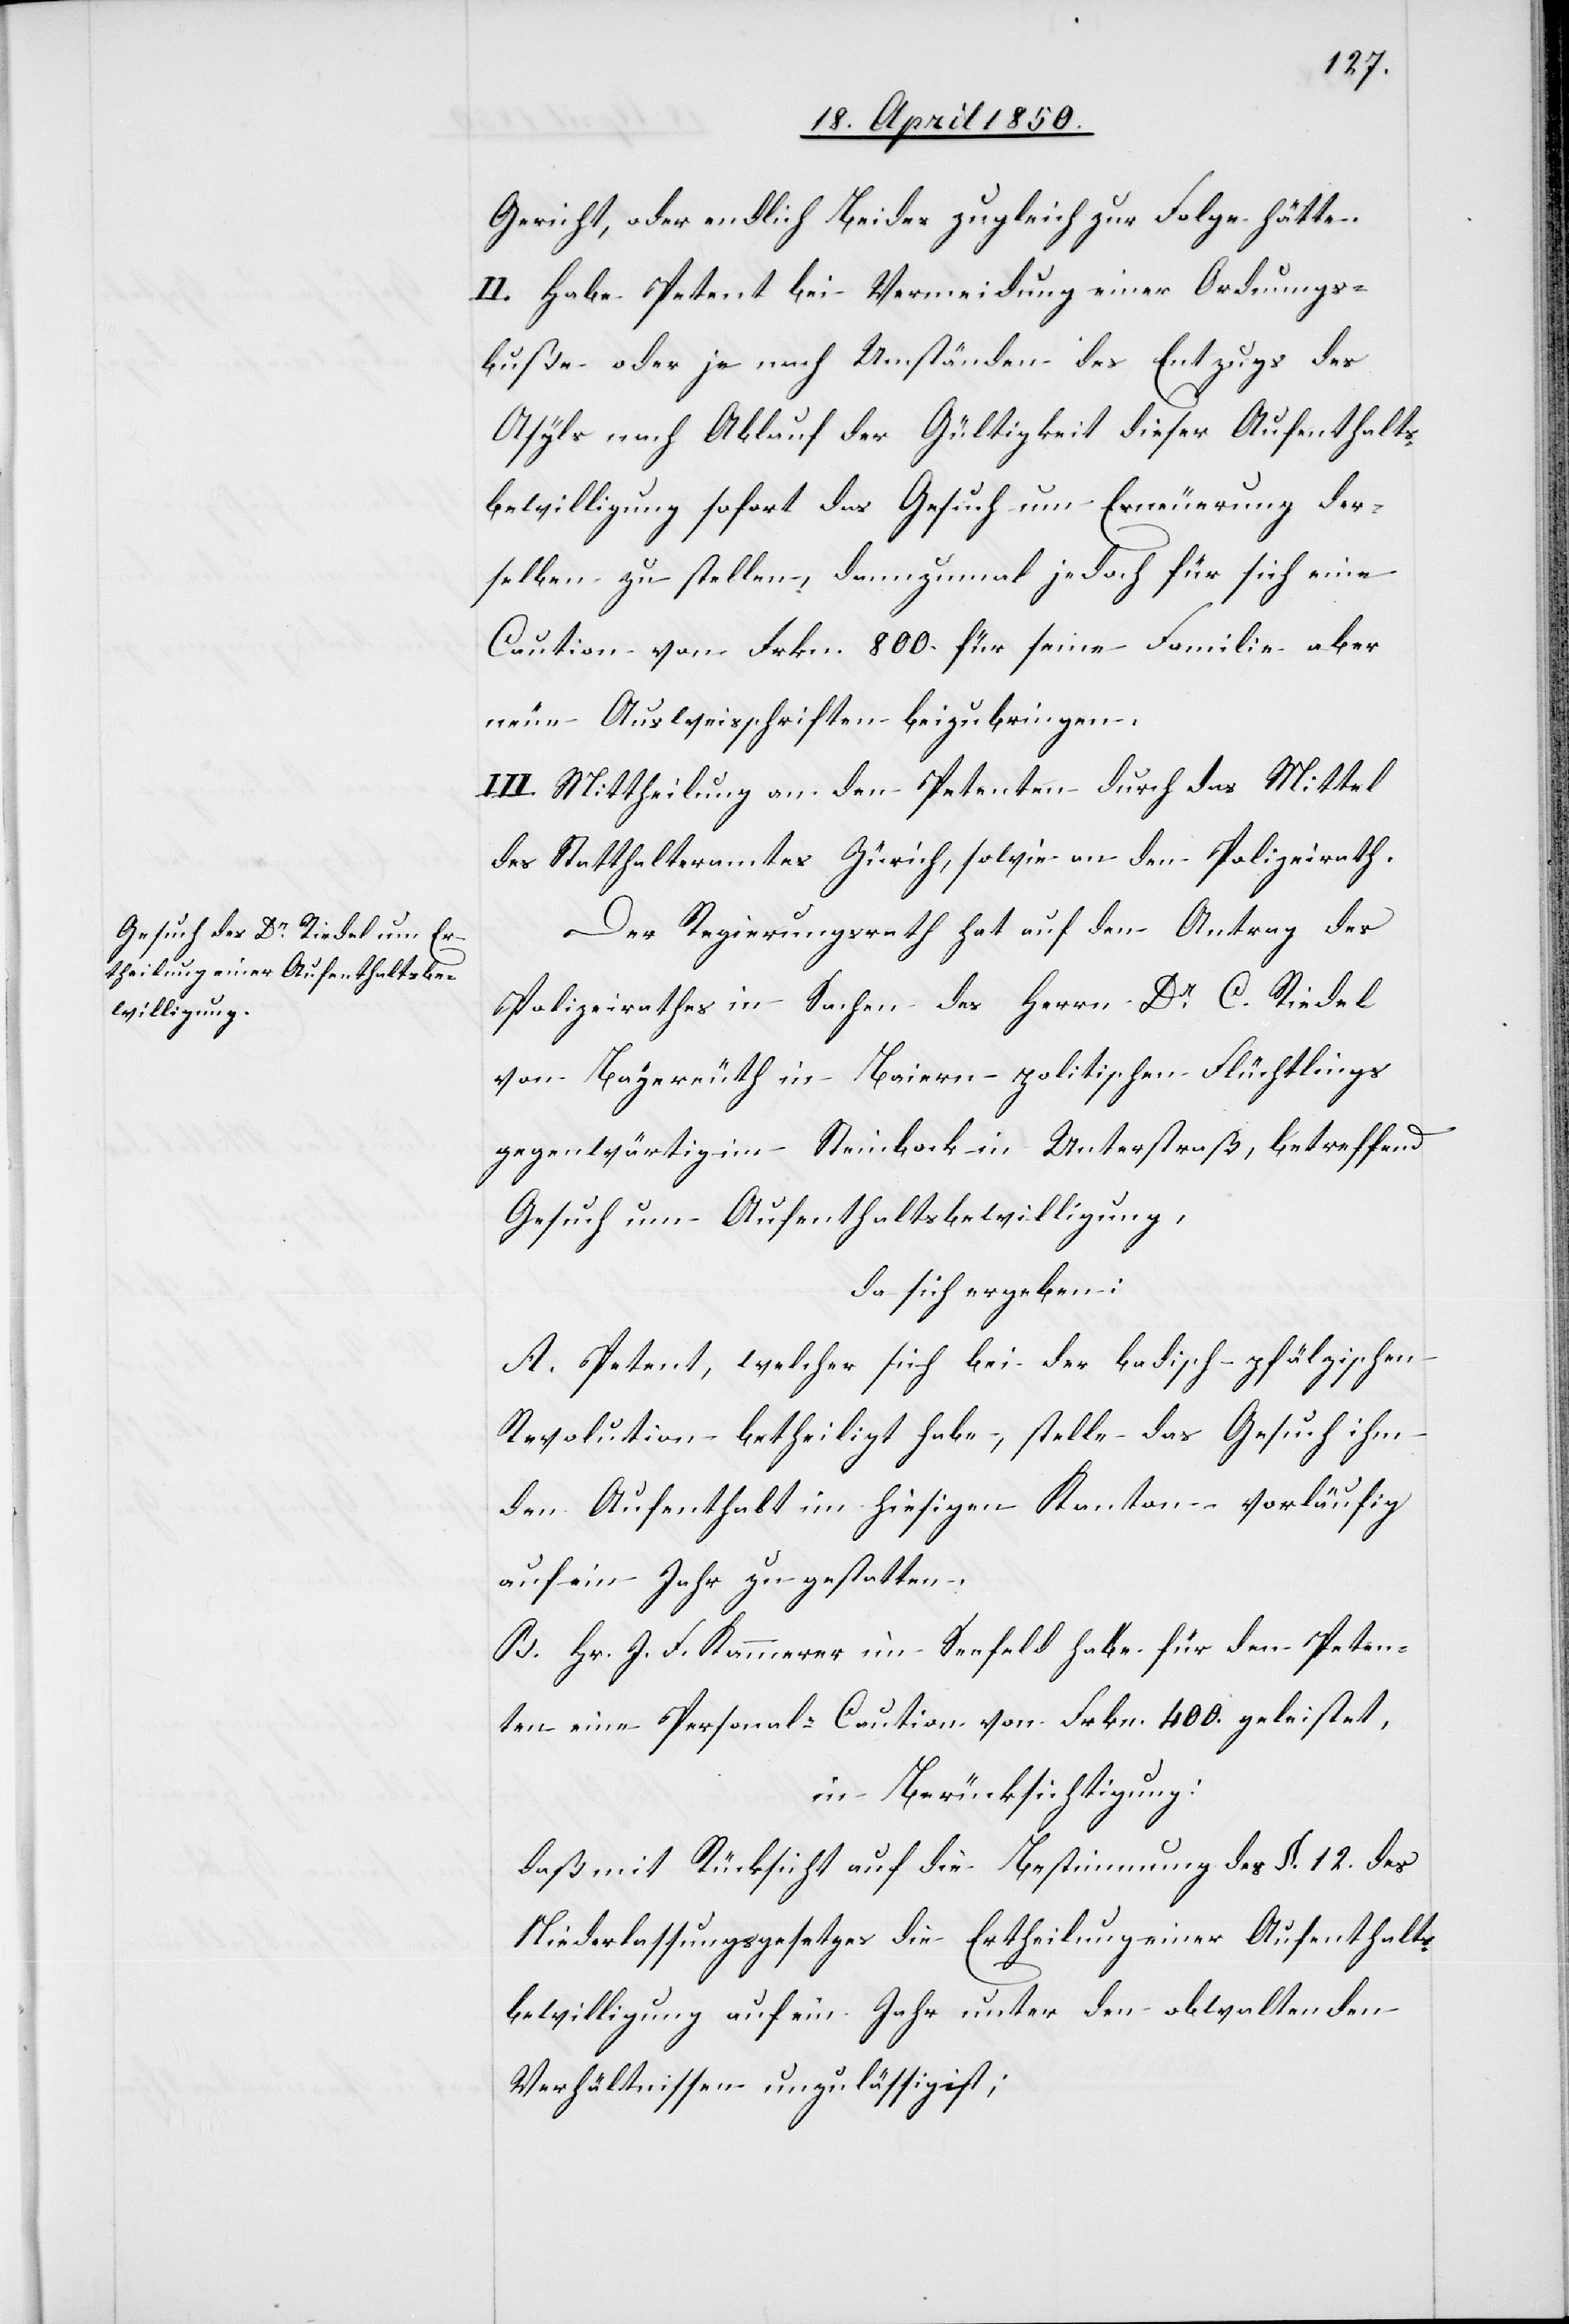
Gericht, oder endlich Beides zugleich zur Folge hätte.
II. Habe Petent bei Vermeidung einer Ordnungs¬
buße oder je nach Umständen des Entzugs des
Asyls nach Ablauf der Gültigkeit dieser Aufenthalts¬
bewilligung sofort das Gesuch um Erneuerung der¬
selben zu stellen, dannzumal jedoch für sich eine
Caution von Frkn. 800. für seine Familie aber
neue Ausweisschriften beizubringen.
Der Regierungsrath hat auf den Antrag des
Polizeirathes in Sachen des Herrn Dr C. Riedel
von Bayereuth in Baiern politischen Flüchtlings
gegenwärtig im Steinbock in Unterstraß, betreffend
Gesuch um Aufenthaltsbewilligung,
da sich ergeben:
A. Petent, welcher sich bei der badisch-pfälzischen
Revolution betheiligt habe, stelle das Gesuch ihm
den Aufenthalt im hiesigen Kanton vorläufig
auf ein Jahr zu gestatten.
B. Hr. J. F. Kammerer im Seefeld habe für den Peten¬
ten eine Personal-Caution von Frkn. 400. geleistet,
in Berücksichtigung:
daß mit Rücksicht auf die Bestimmung des §. 12. des
Niederlassungsgesetzes die Ertheilung einer Aufenthalts¬
bewilligung auf ein Jahr unter den obwaltenden
Verhältnissen unzulässig ist;